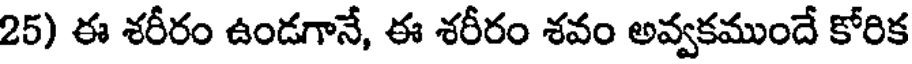
25) ఈ శరీరం ఉండగానే, ఈ శరీరం శవం అవ్వకముందే కోరిక